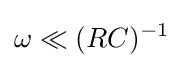
\omega \ll (RC)^{-1}